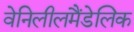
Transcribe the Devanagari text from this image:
वेनिलीलमैंडेलिक